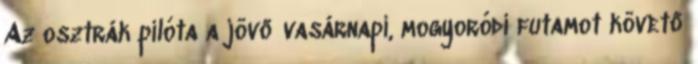
Az osztrák pilóta a jövő vasárnapi, mogyoródi futamot követő